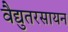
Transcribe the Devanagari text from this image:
वैद्युतरसायन